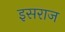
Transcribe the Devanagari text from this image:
इसराज